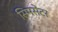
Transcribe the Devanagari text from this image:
सिमसेंटर